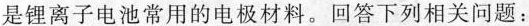
是锂离子电池常用的电极材料。回答下列相关问题：